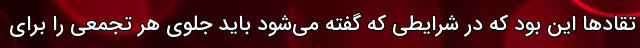
تقادها این بود که در شرایطی که گفته می‌شود باید جلوی هر تجمعی را برای